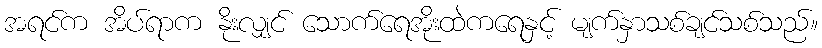
အရင်က အိပ်ရာက နိုးလျှင် သောက်ရေအိုးထဲကရေနှင့် မျက်နှာသစ်ချင်သစ်သည်။